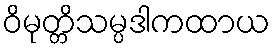
ဝိမုတ္တိသမ္ပဒါကထာယ